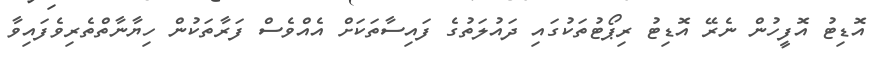
އޮޑިޓު އޮފީހުން ނެރޭ އޮޑިޓު ރިޕޯޓުތަކުގައި ދައުލަތުގެ ފައިސާތަކަށް އެއްވެސް ފަރާތަކުން ހިޔާނާތްތެރިވެފައިވާ